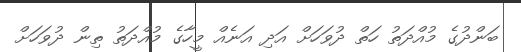
ބަންދުގެ މުއްދަތު ހަތް ދުވަހަށް އަދި އަނެއް މީހާގެ މުއްދަތު ތިން ދުވަހަށް